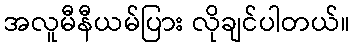
အလူမီနီယမ်ပြား လိုချင်ပါတယ်။